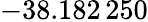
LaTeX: -38.182\, 250